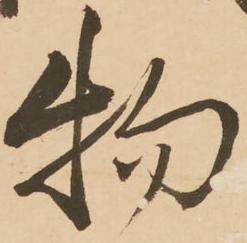
物